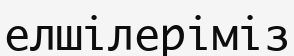
елшілеріміз